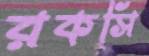
রকসি